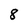
Character: 8